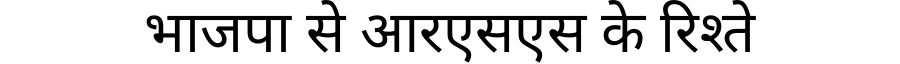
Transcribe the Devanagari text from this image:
भाजपा से आरएसएस के रिश्ते